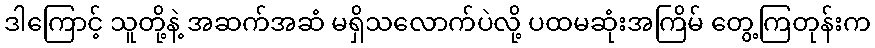
ဒါကြောင့် သူတို့နဲ့ အဆက်အဆံ မရှိသလောက်ပဲလို့ ပထမဆုံးအကြိမ် တွေ့ကြတုန်းက